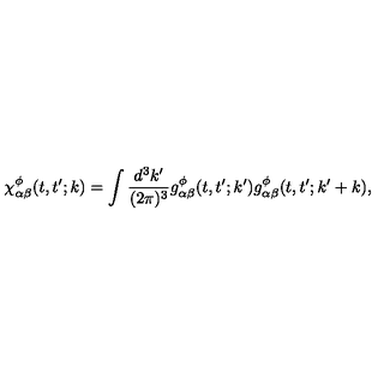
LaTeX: \chi _ { \alpha \beta } ^ { \phi } ( t , t ^ { \prime } ; k ) = \int \frac { d ^ { 3 } k ^ { \prime } } { ( 2 \pi ) ^ { 3 } } g _ { \alpha \beta } ^ { \phi } ( t , t ^ { \prime } ; k ^ { \prime } ) g _ { \alpha \beta } ^ { \phi } ( t , t ^ { \prime } ; k ^ { \prime } + k ) ,